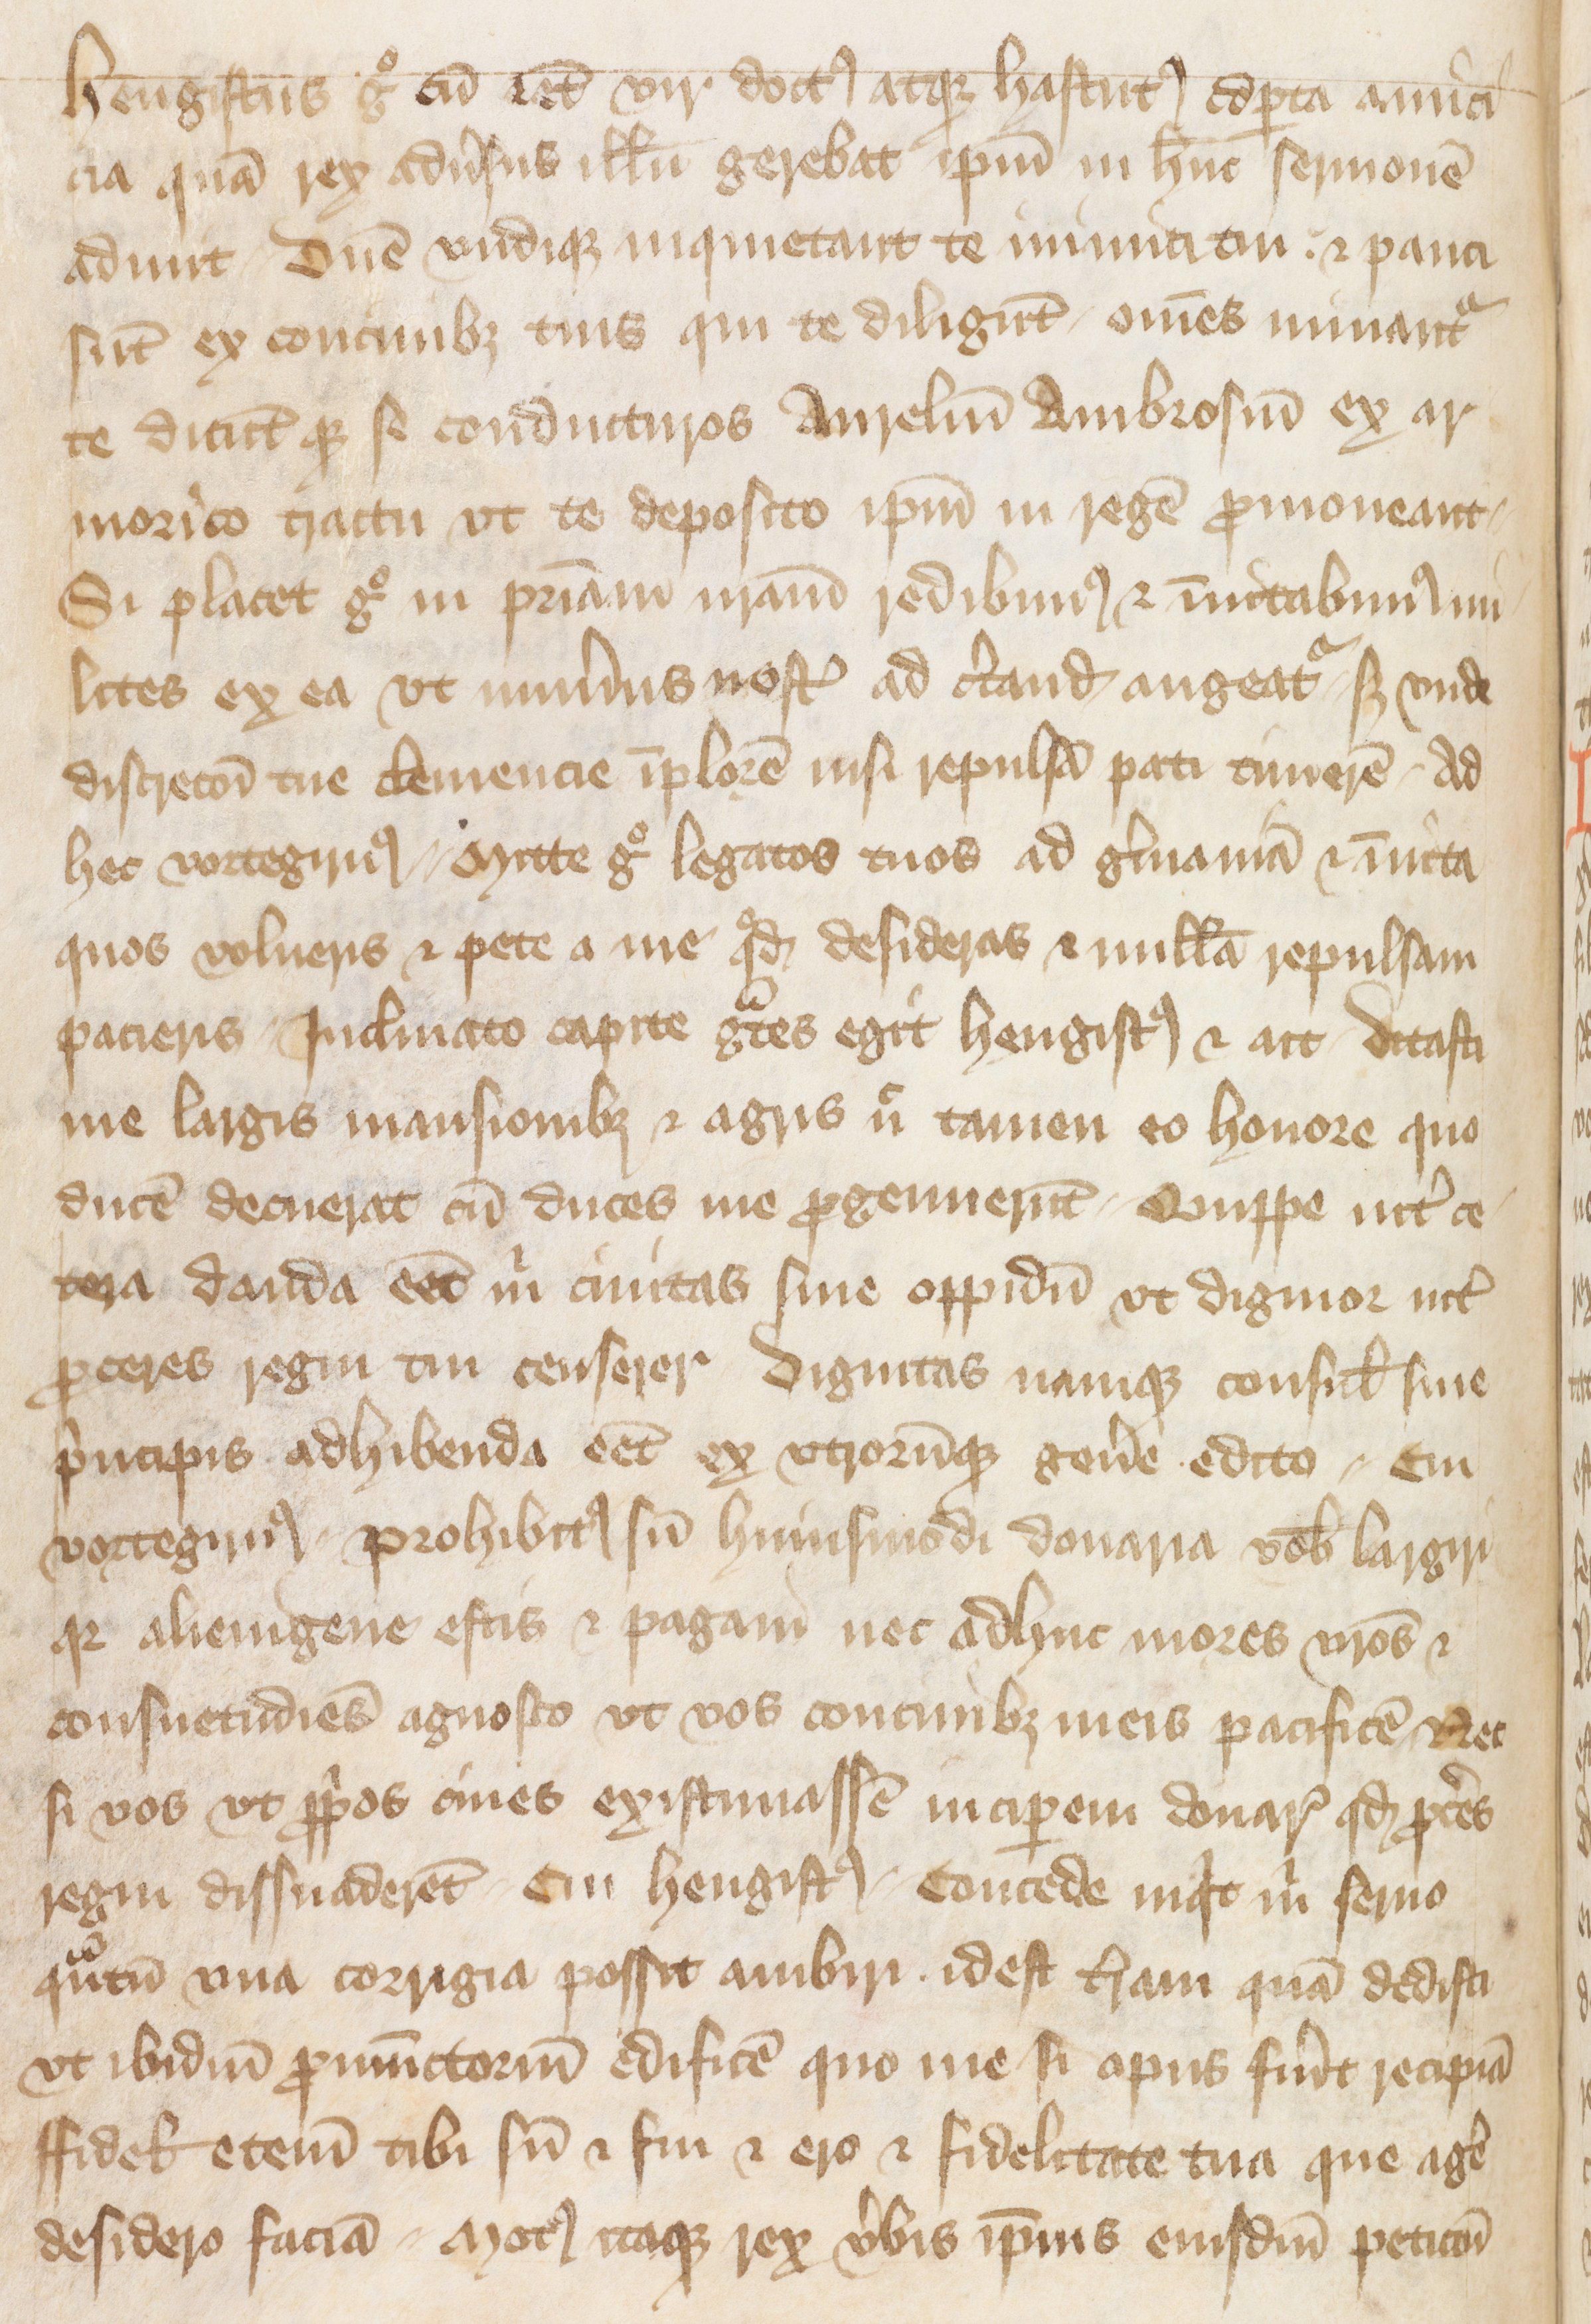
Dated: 1400–1499